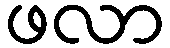
ဖလာ